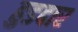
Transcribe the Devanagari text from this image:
हुडदार